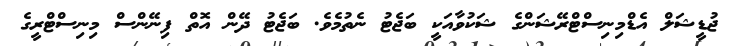
ޖުޑީޝަލް އެޑްމިނިސްޓްރޭޝަންގެ ޝަކުވާއަކީ ބަޖެޓު ނެތުމެވެ. ބަޖެޓު ދޭން އޮތް ފިނޭންސް މިނިސްޓްރީގެ